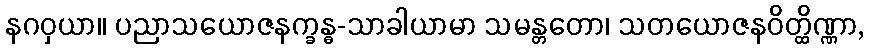
နဂဝှယာ။ ပညာသယောဇနက္ခန္ဓ-သာခါယာမာ သမန္တတော၊ သတယောဇနဝိတ္ထိဏ္ဏာ,